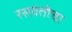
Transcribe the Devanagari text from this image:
रसवंतीचा